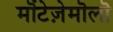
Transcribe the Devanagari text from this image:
मॊंटेज़ेमॊलॊ